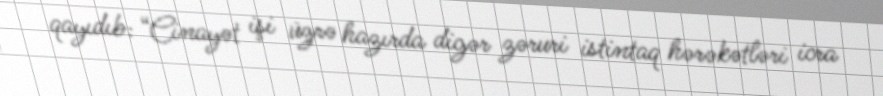
qayıdıb: “Cinayət işi üzrə hazırda digər zəruri istintaq hərəkətləri icra